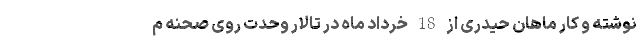
نوشته و کار ماهان ‌حیدری از 18 خرداد ماه در تالار وحدت روی صحنه م